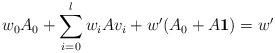
LaTeX: \begin{align*} w_0 A_0 + \sum_{i=0}^l w_i A v_i +w'(A_0+A\mathbf{1})=w'\end{align*}